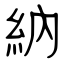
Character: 納